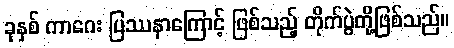
ခုနှစ် ကာဂေး ပြဿနာကြောင့် ဖြစ်သည့် တိုက်ပွဲတို့ဖြစ်သည်။